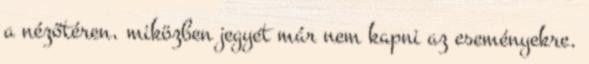
a nézőtéren, miközben jegyet már nem kapni az eseményekre.